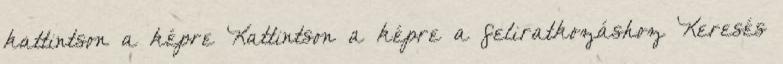
kattintson a képre Kattintson a képre a feliratkozáshoz Keresés